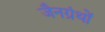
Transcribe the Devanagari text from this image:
जैनग्रंथों